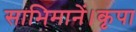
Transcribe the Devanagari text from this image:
साभिमानें।कृपा